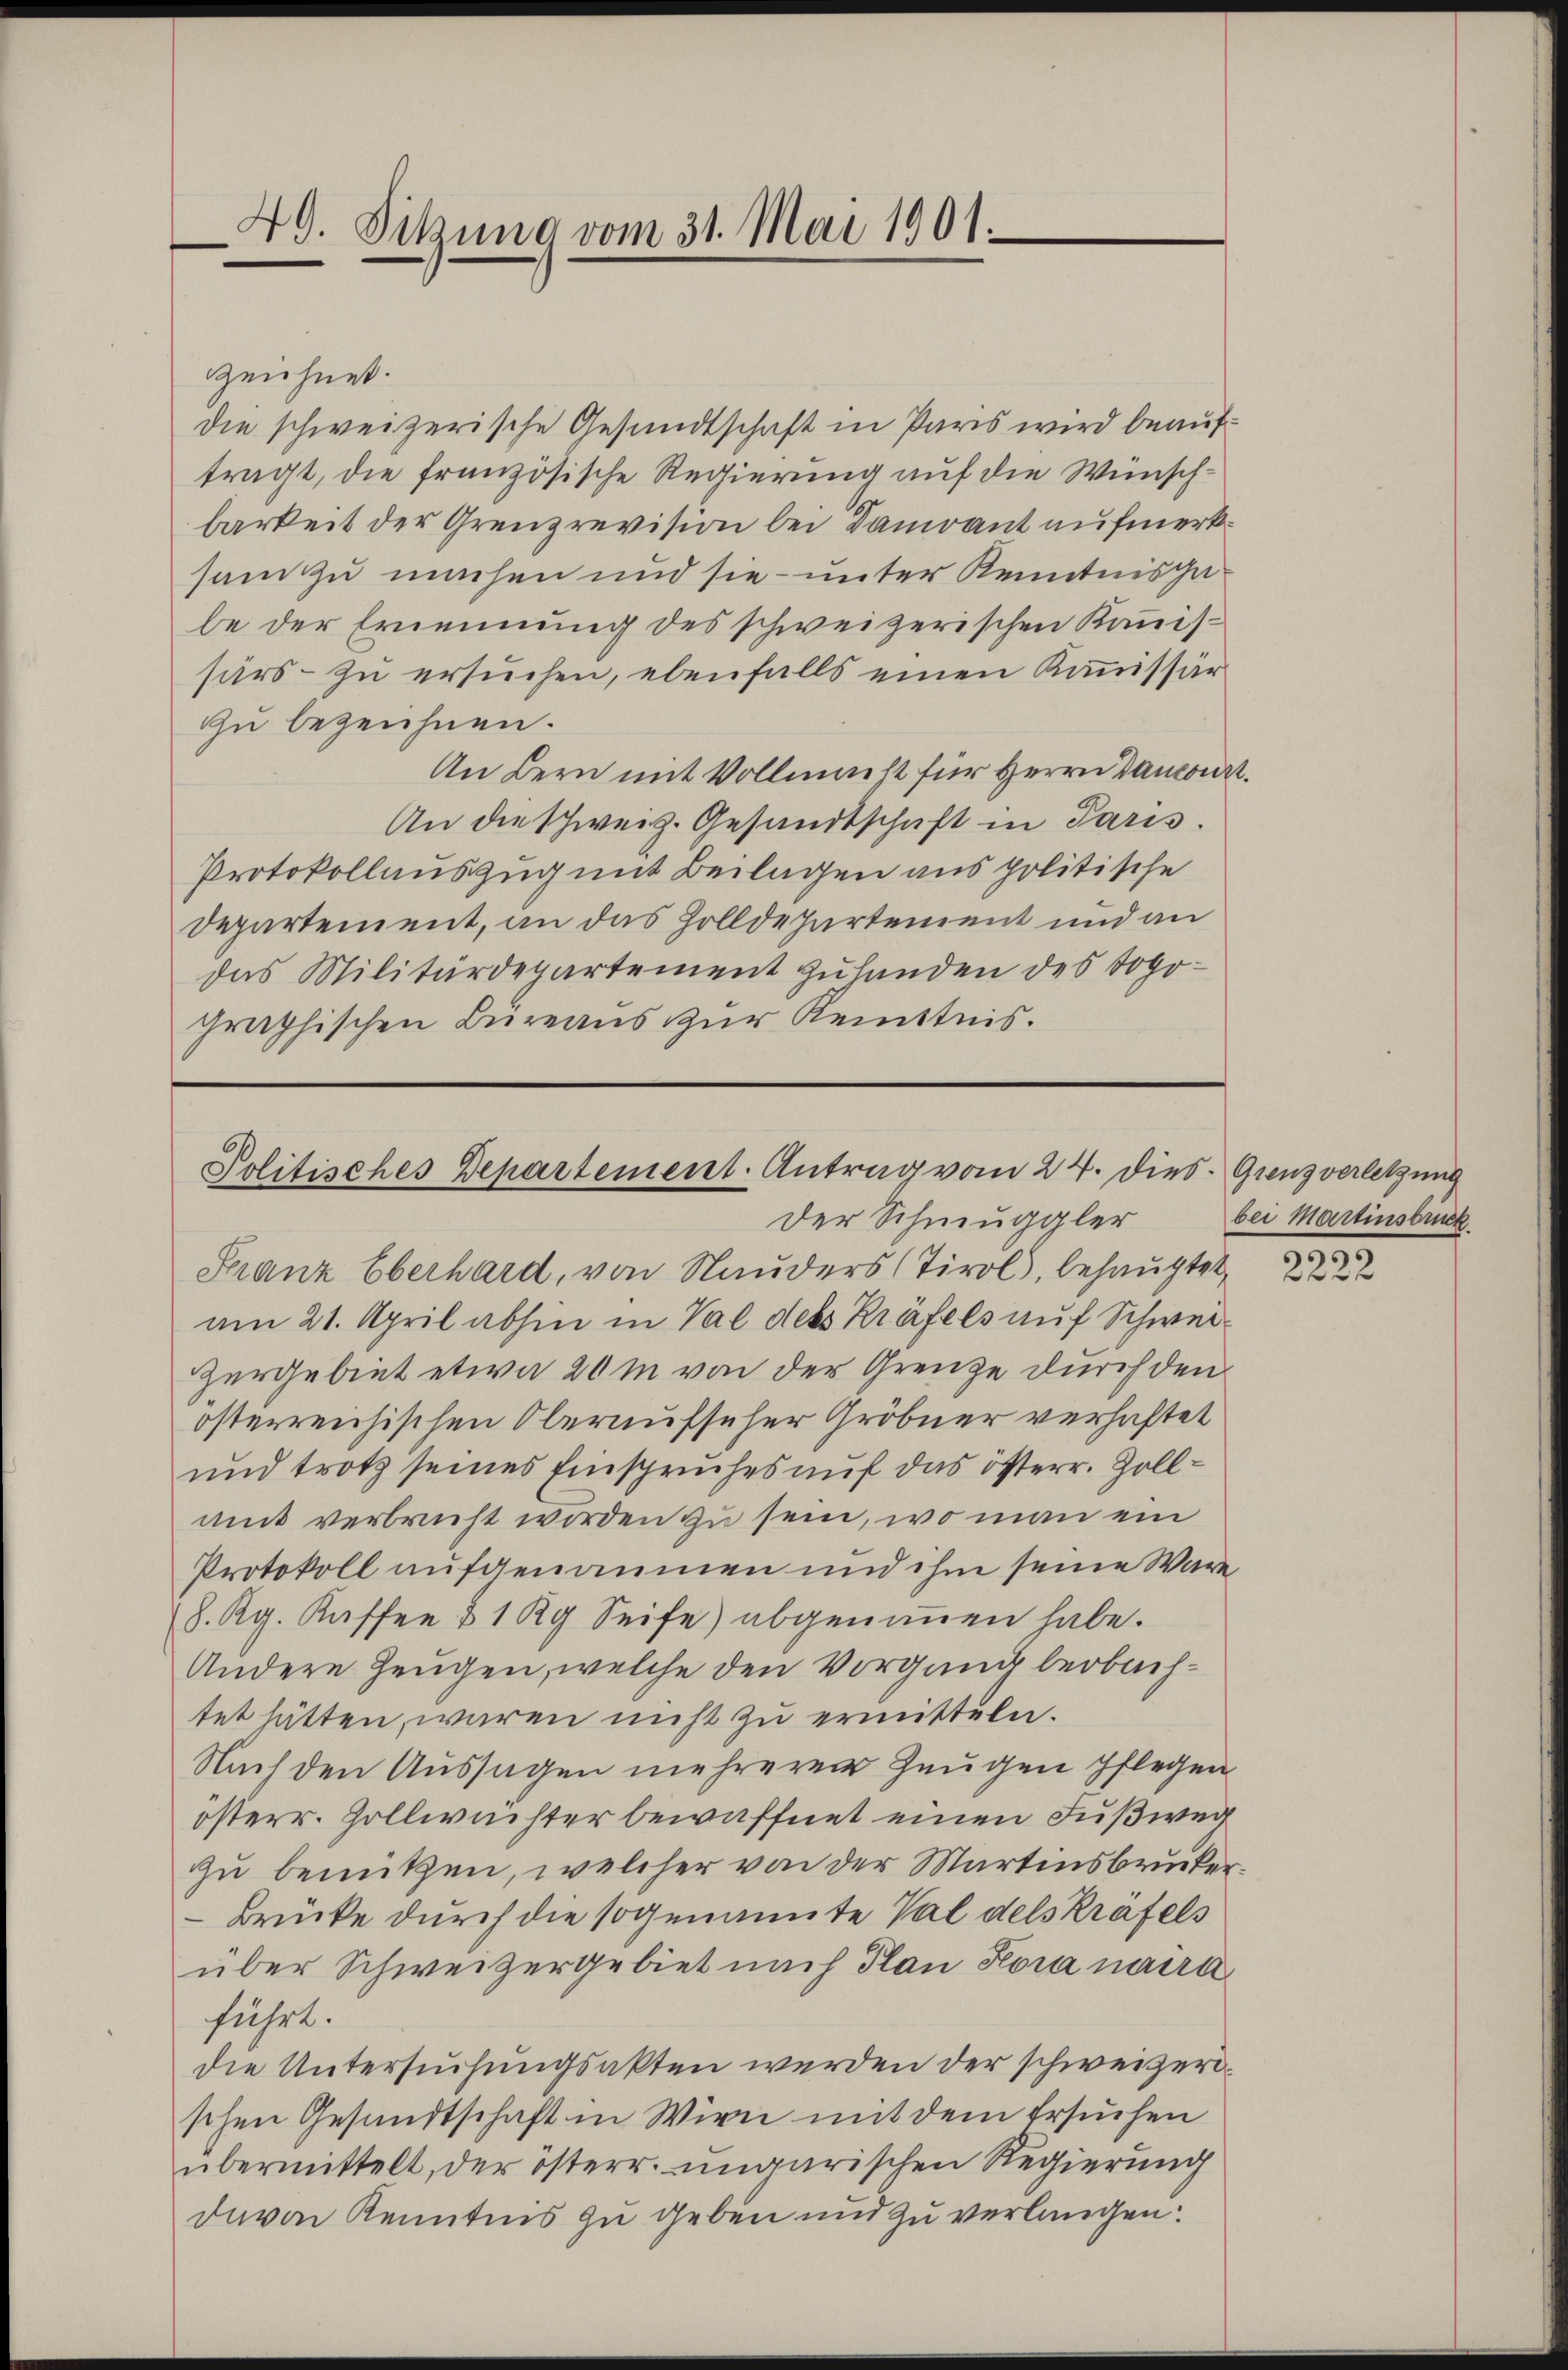
40. Sitzung vom 31. Mai 1901.

zzeichnet.
die schweizerische Gesandtschaft in Paris wird beauftragt, die französische Regierung auf die Wünschbarkeit der Grenzrevision bei Damiant aufmerksam zu machen und sie unter Kenntnisgabe der Ernennung des schweizerischen Kommissärs- zu ersuchen, ebenfalls einen Kommissär
Gu bezeichnen.
An Bern mit Vollmacht für Herrn Dancour
An die schweiz. Gesandtschaft in Paris.
Protokollauszug mit Beilagen aus politische
Departement, an das Zolldepartement und an
das Militärdepartement zuhanden des Topographischen Büreaŭs zŭr Kenntnis.

Politisches Departement. Antrag vom 24. dies. Grenzverletzung
Der Schmuggler

Franz Oberhard, von Nauders (Tirol, behauptet,
am 21. April abhin in Val des Kräfels auf Schwei¬
Zergebiet etwa 20 m von der Grenze durch den
österreichischen Oberaufseher Gröbner verhaftet
und trotz seines Einspruches auf das österr. Zollmit verbricht worden zu sein, wo man ein
Protokoll aufgenommen und ihm seine Wäre
8. Kg. Kaffee & 1 kg Seife) abgenoṁen habe.
Andere Zeugen, welche den Vorgang beobachtet hätten, waren nicht zu ermitteln.
Nach den Aussagen mehreren Zeugen pflegen
österr. Zollwichter bewaffnet einen Fußweg
zu benützen, welcher von der Martinsbrucker.
Brücke durch die sogenannte Val dels kräfels
über Schweizergebiet nach Plan Kora naira
führt.
die Untersuchungsakten werden der schweizerischen Gesandtschaft in Wien mit dem Ersuchen
übermittelt, der österr. ungarischen Regierung
davon Kenntnis zu geben und zu verlangen:

bei Martinsbruck

2222